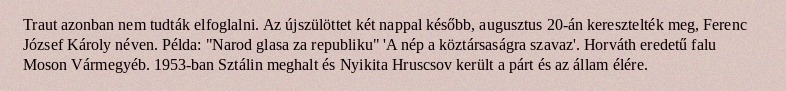
Traut azonban nem tudták elfoglalni. Az újszülöttet két nappal később, augusztus 20-án keresztelték meg, Ferenc József Károly néven. Példa: "Narod glasa za republiku" 'A nép a köztársaságra szavaz'. Horváth eredetű falu Moson Vármegyéb. 1953-ban Sztálin meghalt és Nyikita Hruscsov került a párt és az állam élére.